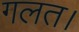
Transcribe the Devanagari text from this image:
गलत।